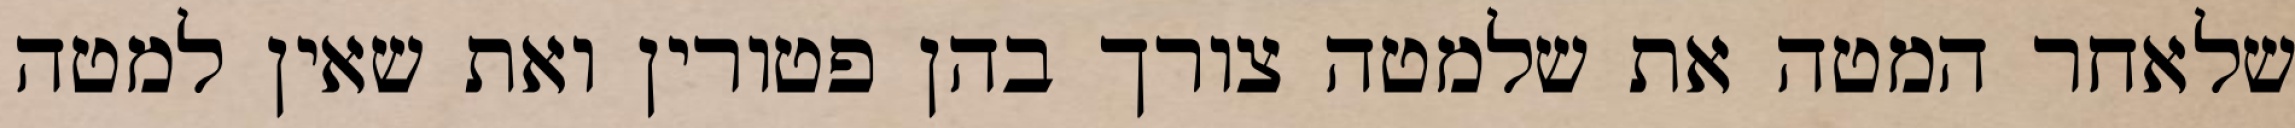
שלאחר המטה את שלמטה צורך בהן פטורין ואת שאין למטה